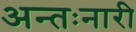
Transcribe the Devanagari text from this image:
अन्तःनारी